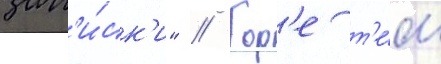
зап'и́ск'и" // Гор'е т'е́м